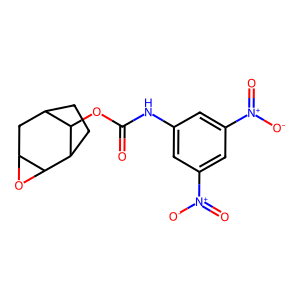
SMILES: O=C(Nc1cc([N+](=O)[O-])cc([N+](=O)[O-])c1)OC1C2CCC1C1OC1C2
Inhibits HIV replication: No